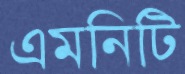
এমনিটি